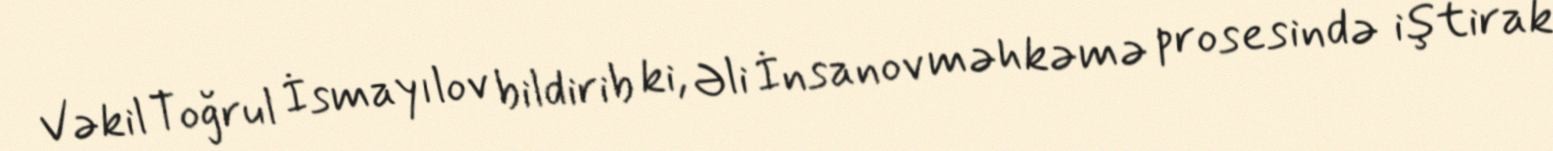
Vəkil Toğrul İsmayılov bildirib ki, Əli İnsanov məhkəmə prosesində iştirak